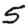
Digit: 5